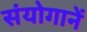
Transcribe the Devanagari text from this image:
संयोगानें